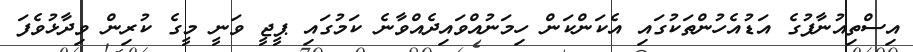
އިސްތިއުނާފުގެ އަޑުއެހުންތަކުގައި އެކަންކަން ހިމަނުއްވައިދެއްވާނެ ކަމުގައި ޕީޖީ ވަނީ މީގެ ކުރިން ވިދާޅުވެފަ